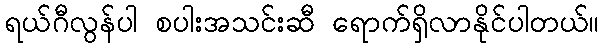
ရယ်ဂီလွန်ပါ စပါးအသင်းဆီ ရောက်ရှိလာနိုင်ပါတယ်။